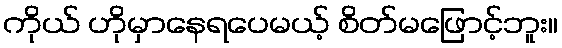
ကိုယ် ဟိုမှာနေရပေမယ့် စိတ်မဖြောင့်ဘူး။